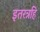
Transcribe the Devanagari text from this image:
इतरत्रहि